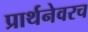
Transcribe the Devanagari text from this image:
प्रार्थनेवरच